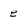
Character: e